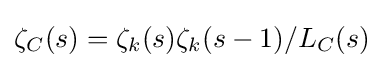
\zeta _{C}(s)=\zeta _{k}(s)\zeta _{k}(s-1)/L_{C}(s)